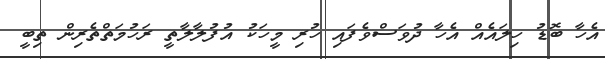
އެހާ ބޮޑު ހިލައެއް އެހާ ދުވަސްވެފައި ހުރި މީހަކު އުފުލާލާތީ ރަހުމަތްތެރިން ތިބީ